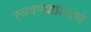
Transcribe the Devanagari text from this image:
स्त्रवण्याप्रमाणे